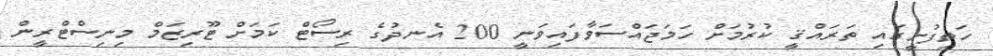
ހަތިފުށީގައި ތަރައްޤީ ކުރުމަށް ހަމަޖައްސަވާފައިވަނީ 200 އެނދުގެ ރިސޯޓް ކަމަށް ޓޫރިޒަމް މިނިސްޓްރީން